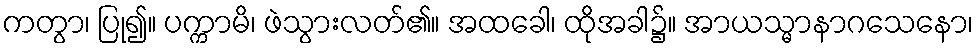
ကတွာ၊ ပြု၍။ ပက္ကာမိ၊ ဖဲသွားလတ်၏။ အထခေါ၊ ထိုအခါ၌။ အာယသ္မာနာဂသေနော၊